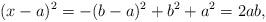
LaTeX: \begin{align*} (x-a)^2 = -(b-a)^2 + b^2+a^2 = 2ab,\end{align*}